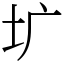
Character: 圹